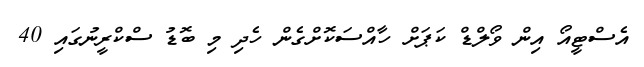
އެސްޓީއޯ އިން ވޯލްޑް ކަޕަށް ހާއްސަކޮށްގެން ހެދި މި ބޮޑު ސްކްރީނުގައި 40